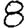
Digit: 8